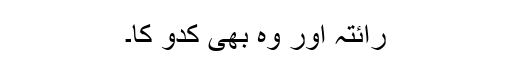
رائتہ اور وہ بھی کدو کا۔